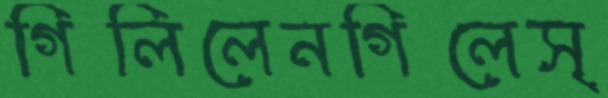
গিলিলেনগিলেস্